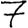
Digit: 7